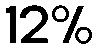
12%